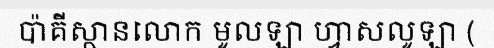
ប៉ាគីស្ថានលោក មូលឡា ហ្វាសលូឡា (